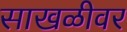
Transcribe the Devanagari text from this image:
साखळीवर